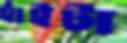
হাঁইটা